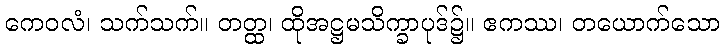
ကေဝလံ၊ သက်သက်။ တတ္ထ၊ ထိုအဋ္ဌမသိက္ခာပုဒ်၌။ ဧကဿ၊ တယောက်သော